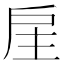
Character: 𢨸